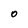
Character: 0